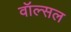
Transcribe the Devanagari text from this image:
वॉल्सल